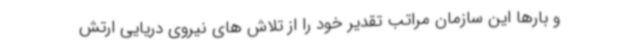
و بارها این سازمان مراتب تقدیر خود را از تلاش های نیروی دریایی ارتش